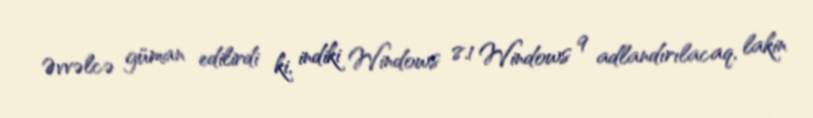
Əvvəlcə güman edilirdi ki, indiki Windows 8.1 Windows 9 adlandırılacaq, lakin